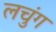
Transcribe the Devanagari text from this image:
लचुंग